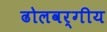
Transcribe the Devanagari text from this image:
ढोलवर्गीय